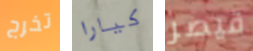
تخرج كيارا قيصر